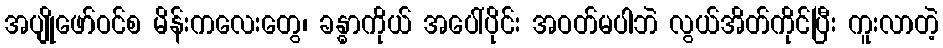
အပျိုဖော်ဝင်စ မိန်းကလေးတွေ၊ ခန္ဓာကိုယ် အပေါ်ပိုင်း အဝတ်မပါဘဲ လွယ်အိတ်ကိုင်ပြီး ကူးလာတဲ့